Vaccination in Burma 1920-1933 - 1920-1933
Year: 1920
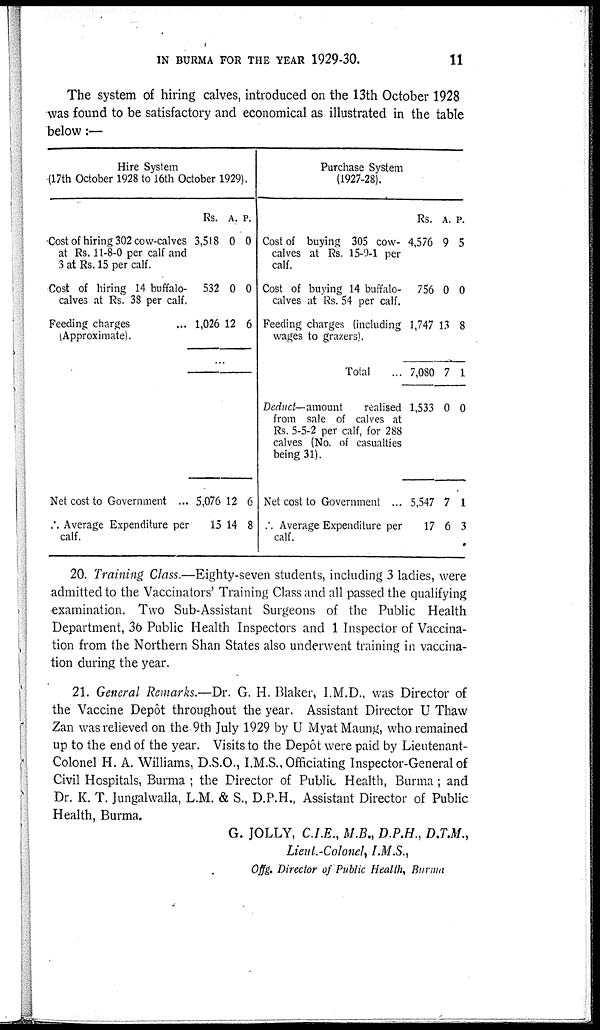
IN BURMA FOR THE YEAR 1929-30.
11
The system of hiring calves, introduced on the 13th October 1928
was found to be satisfactory and economical as illustrated in the table
below:—
Hire System
(17th October 1928 to 16th October 1929).
Cost of hiring 302 cow-calves
at Rs. 11-8-0 per calf and
3 at Rs. 15 per calf.
Cost of hiring 14 buffalo-
calves at Rs. 38 per calf.
Feeding charges ...
(Approximate).
Net cost to Government ...
.'. Average Expenditure per
calf.
Rs.
3,518
532
1,026
A.
0
0
12
P.
0
0
6
5,076
15
12
14
6
8
Purchase System
(1927-28).
Cost of buying 305 cow-
calves at Rs. 15-0-1 per
calf.
Cost of buying 14 buffalo-
calves at Rs. 54 per calf.
Feeding charges (including
wages to grazers).
Total ...
Deduct— amount
realised
from sale of calves at
Rs. 5-5-2 per calf, for 288
calves (No. of casualties
being 31).
Net cost to Government ...
Average Expenditure per
calf.
Rs.
4,576
756
1,747
7,080
1,533
5,547
17
A.
9
0
13
7
0
7
6
P.
5
0
8
1
0
1
3
20. Training Class.—Eighty-seven students, including 3 ladies, were
admitted to the Vaccinators' Training Class and all passed the qualifying
examination. Two Sub-Assistant Surgeons of the Public Health
Department, 36 Public Health Inspectors and 1 Inspector of Vaccina-
tion from the Northern Shan States also underwent training in vaccina-
tion during the year.
21. General Remarks.—Dr. G. H. Blaker, I.M.D., was Director of
the Vaccine Depôt throughout the year. Assistant Director U Thaw
Zan was relieved on the 9th July 1929 by U Myat Maung, who remained
up to the end of the year. Visits to the Depôt were paid by Lieutenant-
Colonel H. A. Williams, D.S.O., I.M.S., Officiating Inspector-General of
Civil Hospitals, Burma ; the Director of Public Health, Burma; and
Dr. K. T. Jungalwalla, L.M. & S., D.P.H., Assistant Director of Public
Health, Burma.
G. JOLLY, C.I.E., M.B., D.P.H., D.T.M.,
Lieut.-Colonel, I.M.S.,
Offg. Director of Public Health, Burma